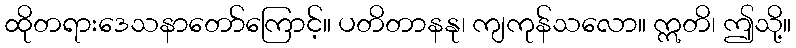
ထိုတရားဒေသနာတော်ကြောင့်။ ပတိတာနနု၊ ကျကုန်သလော။ ဣတိ၊ ဤသို့။